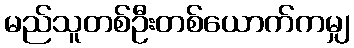
မည်သူတစ်ဦးတစ်ယောက်ကမျှ